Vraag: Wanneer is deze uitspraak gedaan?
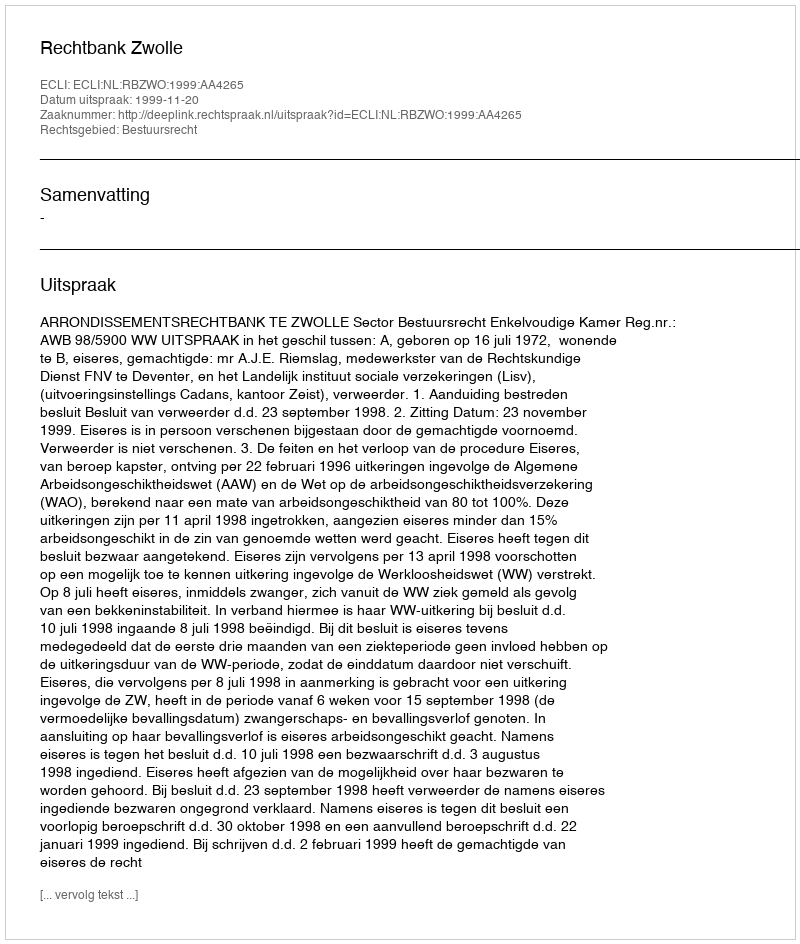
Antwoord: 1999-11-20